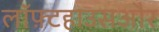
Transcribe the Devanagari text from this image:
लॉफ़्टहाउसऔर